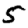
Digit: 5